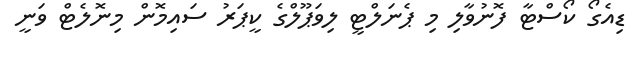
ޑިއެގޯ ކޯސްޓާ ފޮނުވާލި މި ޕެނަލްޓީ ލިވަޕޫލްގެ ކީޕަރު ސައިމޮން މިނޮލެޓް ވަނީ